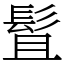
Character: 䯶